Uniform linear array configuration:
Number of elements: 8
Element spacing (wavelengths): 0.75
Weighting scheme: cosine
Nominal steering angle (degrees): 0
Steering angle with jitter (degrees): -1.15
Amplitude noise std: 0.05
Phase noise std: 0.05

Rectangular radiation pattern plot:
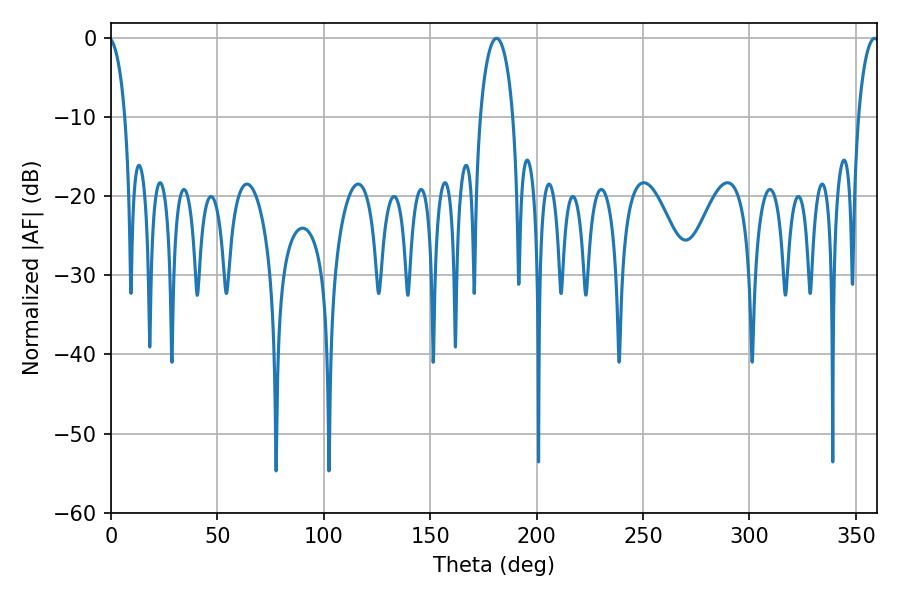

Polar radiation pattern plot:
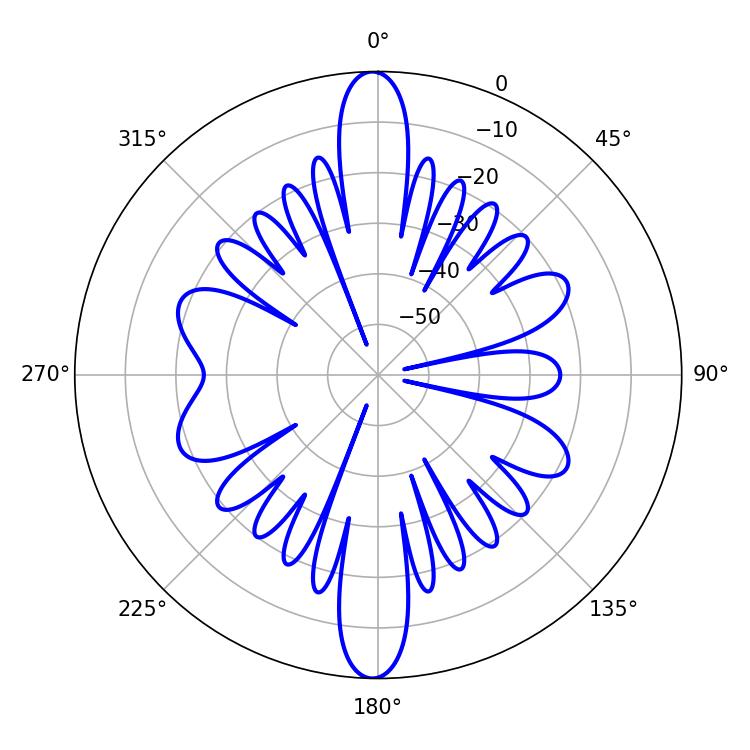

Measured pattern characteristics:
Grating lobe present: TRUE
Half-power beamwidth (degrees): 8.82
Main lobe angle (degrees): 181.08